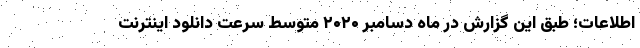
اطلاعات؛ طبق این گزارش در ماه دسامبر ۲۰۲۰ متوسط سرعت دانلود اینترنت